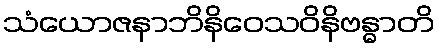
သံယောဇနာဘိနိဝေသဝိနိဗန္ဓာတိ